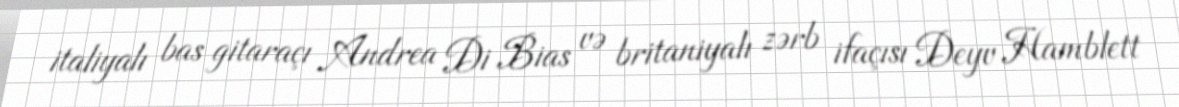
italiyalı bas gitaraçı Andrea Di Bias və britaniyalı zərb ifaçısı Deyv Hamblett